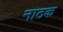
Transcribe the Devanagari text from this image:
नाठक